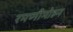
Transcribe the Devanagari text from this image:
रमणीमोहन